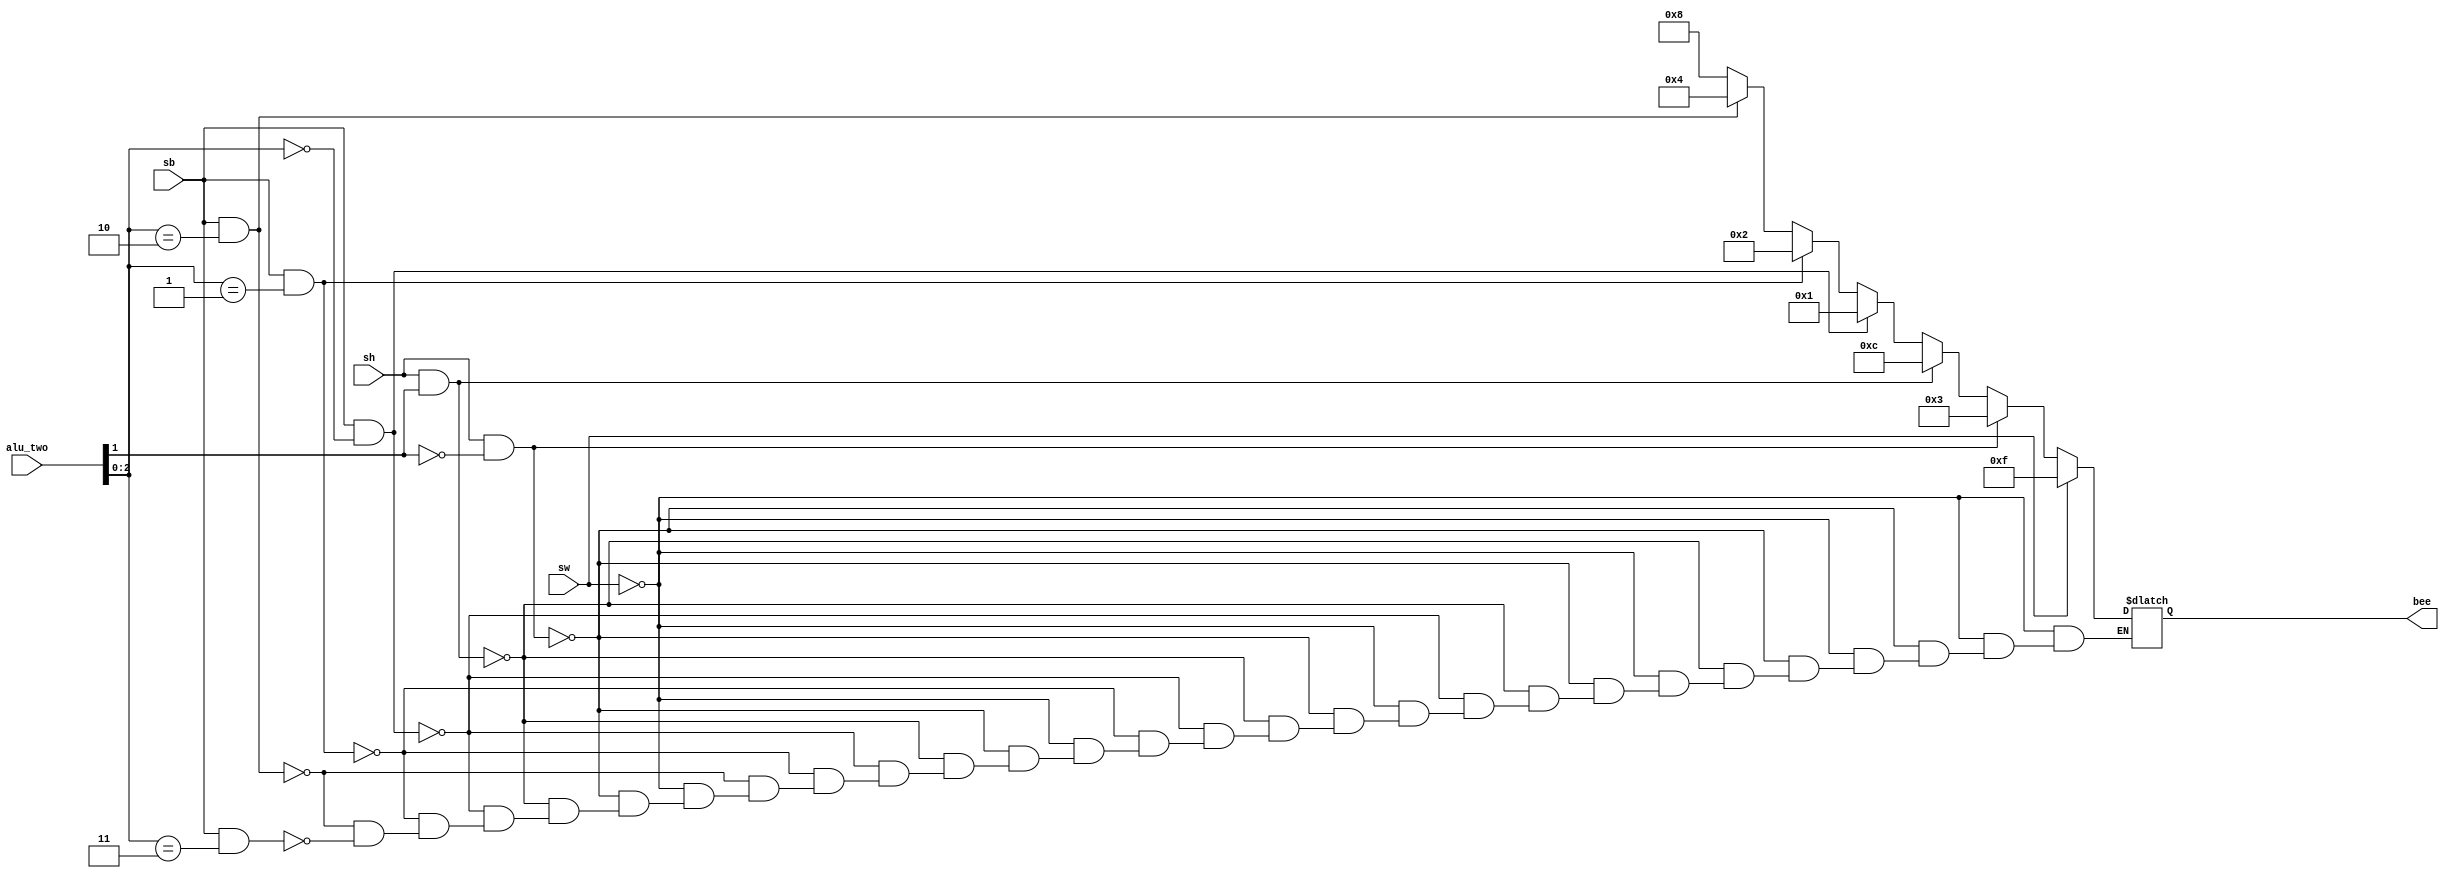
`timescale 1ns / 1ps
//////////////////////////////////////////////////////////////////////////////////
// Company: 
// Engineer: 
// 
// Design Name: 
// Module Name:    be 
// Project Name: 
// Target Devices: 
// Tool versions: 
// Description: 
//
// Dependencies: 
//
// Revision: 
// Revision 0.01 - File Created
// Additional Comments: 
//
//////////////////////////////////////////////////////////////////////////////////
module be(
	 input [31:0] alu_two,
	 input sw,
	 input sh,
	 input sb,
	 output reg [3:0] bee
    );
	 initial begin
			bee = 0;
	 end
	 always @ *	begin
		if(sw==1)begin
			bee = 4'b1111;
		end
		else if(sh==1&&alu_two[1]==0)begin
			bee = 4'b0011;
		end
		else if(sh==1&&alu_two[1]==1)begin
			bee = 4'b1100;
		end
		else if(sb==1&&alu_two[2:0]==2'b00)begin
			bee = 4'b0001;
		end
		else if(sb==1&&alu_two[2:0]==2'b01)begin
			bee = 4'b0010;
		end
		else if(sb==1&&alu_two[2:0]==2'b10)begin
			bee = 4'b0100;
		end
		else if(sb==1&&alu_two[2:0]==2'b11)begin
			bee = 4'b1000;
		end
	end
endmodule